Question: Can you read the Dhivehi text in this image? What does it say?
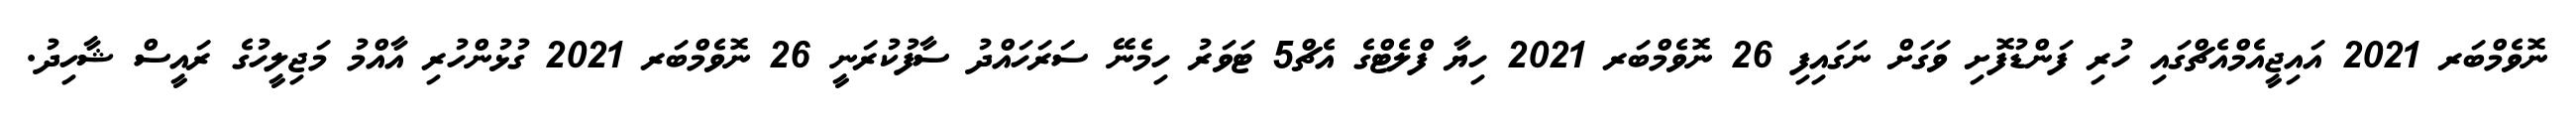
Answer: ނޮވެމްބަރ 2021 އައިޖީއެމްއެޗްގައި ހުރި ފަންޑުފޮށި ވަގަށް ނަގައިފި 26 ނޮވެމްބަރ 2021 ހިޔާ ފްލެޓްގެ އެޗް5 ޓަވަރު ހިމެނޭ ސަރަހައްދު ސާފުކުރަނީ 26 ނޮވެމްބަރ 2021 ގުޅުންހުރި އާއްމު މަޖިލީހުގެ ރައީސް ޝާހިދު.